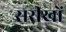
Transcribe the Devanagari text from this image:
सरीखों